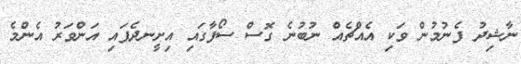
ނާޝިދު ފެނުމުން ވަކި އެއްޗެއް ނުބުނެ ގޮސް ސޯފާގައި އިށީނދެފައި އަންވަރު އެންމެ